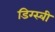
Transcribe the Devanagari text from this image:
डिग्स्बी